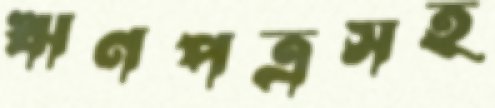
ঋণপত্রসহ